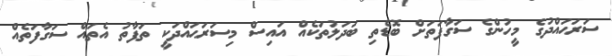
ސަރަޙައްދުގެ މީހުންގެ ސަގާފަތަށް ބޮޑެތި ބަދަލުތަކެއް އައިސް މިސަރަޙައްދަކީ ތަފާތު އެތައް ސަގާފަތެއް